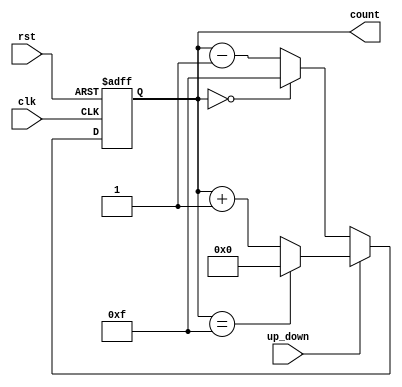
module UpDownCounter (
    input wire clk,        // Clock signal
    input wire rst,        // Asynchronous reset
    input wire up_down,    // Up/Down control signal
    output reg [3:0] count // 4-bit binary output to represent count value
);

// Always block for synchronous operation
always @(posedge clk or posedge rst) begin
    if (rst) begin
        count <= 4'b0000; // Reset count to 0
    end else begin
        if (up_down) begin
            // Count up
            count <= (count == 4'b1111) ? 4'b0000 : count + 1; // Wrap around to 0
        end else begin
            // Count down
            count <= (count == 4'b0000) ? 4'b1111 : count - 1; // Wrap around to 15
        end
    end
end

endmodule